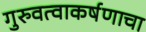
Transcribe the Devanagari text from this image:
गुरुवत्वाकर्षणाचा